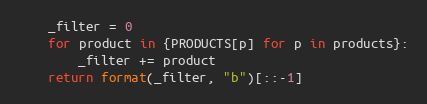
Language: Python
    _filter = 0
    for product in {PRODUCTS[p] for p in products}:
        _filter += product
    return format(_filter, "b")[::-1]